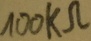
Text: 100kΩ